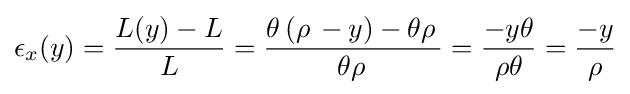
\epsilon _{x}(y)={\frac {L(y)-L}{L}}={\frac {\theta \,(\rho \,-y)-\theta \rho \,}{\theta \rho \,}}={\frac {-y\theta }{\rho \theta }}={\frac {-y}{\rho }}